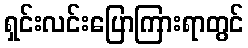
ရှင်းလင်းပြောကြားရာတွင်